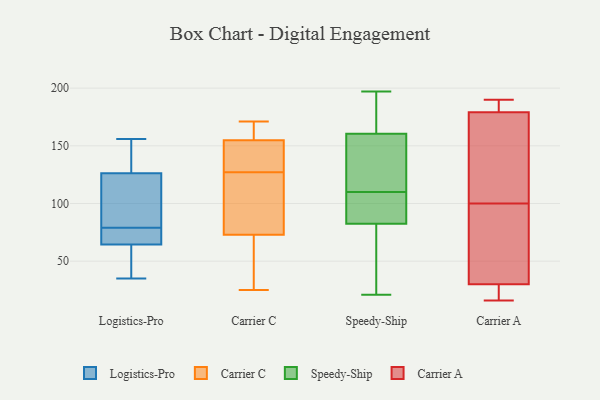
{"axis": {"x": "Revenue (USD Million)", "y": "Value"}, "legend": ["Carrier A", "Carrier C", "Logistics-Pro", "Speedy-Ship"], "data": [{"x": "", "y": 79, "type": "Logistics-Pro"}, {"x": "", "y": 103, "type": "Logistics-Pro"}, {"x": "", "y": 66, "type": "Logistics-Pro"}, {"x": "", "y": 49, "type": "Logistics-Pro"}, {"x": "", "y": 134, "type": "Logistics-Pro"}, {"x": "", "y": 64, "type": "Logistics-Pro"}, {"x": "", "y": 77, "type": "Logistics-Pro"}, {"x": "", "y": 156, "type": "Logistics-Pro"}, {"x": "", "y": 149, "type": "Logistics-Pro"}, {"x": "", "y": 35, "type": "Logistics-Pro"}, {"x": "", "y": 94, "type": "Logistics-Pro"}, {"x": "", "y": 124, "type": "Carrier C"}, {"x": "", "y": 106, "type": "Carrier C"}, {"x": "", "y": 127, "type": "Carrier C"}, {"x": "", "y": 82, "type": "Carrier C"}, {"x": "", "y": 154, "type": "Carrier C"}, {"x": "", "y": 168, "type": "Carrier C"}, {"x": "", "y": 51, "type": "Carrier C"}, {"x": "", "y": 25, "type": "Carrier C"}, {"x": "", "y": 62, "type": "Carrier C"}, {"x": "", "y": 70, "type": "Carrier C"}, {"x": "", "y": 136, "type": "Carrier C"}, {"x": "", "y": 171, "type": "Carrier C"}, {"x": "", "y": 155, "type": "Carrier C"}, {"x": "", "y": 163, "type": "Carrier C"}, {"x": "", "y": 146, "type": "Carrier C"}, {"x": "", "y": 72, "type": "Speedy-Ship"}, {"x": "", "y": 82, "type": "Speedy-Ship"}, {"x": "", "y": 193, "type": "Speedy-Ship"}, {"x": "", "y": 197, "type": "Speedy-Ship"}, {"x": "", "y": 96, "type": "Speedy-Ship"}, {"x": "", "y": 144, "type": "Speedy-Ship"}, {"x": "", "y": 157, "type": "Speedy-Ship"}, {"x": "", "y": 115, "type": "Speedy-Ship"}, {"x": "", "y": 86, "type": "Speedy-Ship"}, {"x": "", "y": 95, "type": "Speedy-Ship"}, {"x": "", "y": 106, "type": "Speedy-Ship"}, {"x": "", "y": 173, "type": "Speedy-Ship"}, {"x": "", "y": 132, "type": "Speedy-Ship"}, {"x": "", "y": 83, "type": "Speedy-Ship"}, {"x": "", "y": 36, "type": "Speedy-Ship"}, {"x": "", "y": 21, "type": "Speedy-Ship"}, {"x": "", "y": 164, "type": "Speedy-Ship"}, {"x": "", "y": 114, "type": "Speedy-Ship"}, {"x": "", "y": 28, "type": "Speedy-Ship"}, {"x": "", "y": 174, "type": "Speedy-Ship"}, {"x": "", "y": 186, "type": "Carrier A"}, {"x": "", "y": 160, "type": "Carrier A"}, {"x": "", "y": 179, "type": "Carrier A"}, {"x": "", "y": 85, "type": "Carrier A"}, {"x": "", "y": 16, "type": "Carrier A"}, {"x": "", "y": 190, "type": "Carrier A"}, {"x": "", "y": 23, "type": "Carrier A"}, {"x": "", "y": 115, "type": "Carrier A"}, {"x": "", "y": 30, "type": "Carrier A"}, {"x": "", "y": 53, "type": "Carrier A"}]}